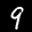
Label: 9